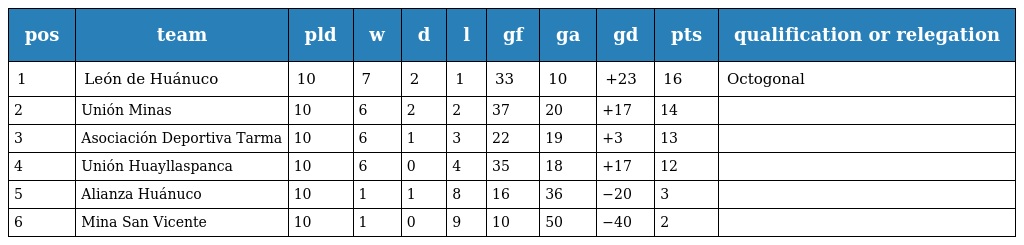
| pos | team | pld | w | d | l | gf | ga | gd | pts | qualification or relegation |
 | --- | --- | --- | --- | --- | --- | --- | --- | --- | --- | --- |
 | 1 | León de Huánuco | 10 | 7 | 2 | 1 | 33 | 10 | +23 | 16 | Octogonal |
 | 2 | Unión Minas | 10 | 6 | 2 | 2 | 37 | 20 | +17 | 14 |  |
 | 3 | Asociación Deportiva Tarma | 10 | 6 | 1 | 3 | 22 | 19 | +3 | 13 |  |
 | 4 | Unión Huayllaspanca | 10 | 6 | 0 | 4 | 35 | 18 | +17 | 12 |  |
 | 5 | Alianza Huánuco | 10 | 1 | 1 | 8 | 16 | 36 | −20 | 3 |  |
 | 6 | Mina San Vicente | 10 | 1 | 0 | 9 | 10 | 50 | −40 | 2 |  |